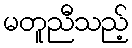
မတူညီသည့်